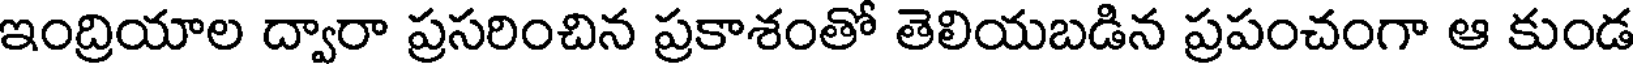
ఇంద్రియాల ద్వారా ప్రసరించిన ప్రకాశంతో తెలియబడిన ప్రపంచంగా ఆ కుండ